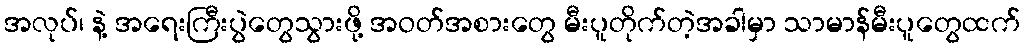
အလုပ်၊ နဲ့ အရေးကြီးပွဲတွေသွားဖို့ အဝတ်အစားတွေ မီးပူတိုက်တဲ့အခါမှာ သာမာန်မီးပူတွေထက်